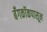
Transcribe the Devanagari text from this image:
बँगकॉकपासून